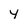
Character: Y